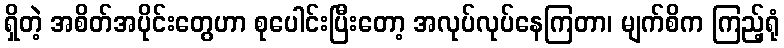
ရှိတဲ့ အစိတ်အပိုင်းတွေဟာ စုပေါင်းပြီးတော့ အလုပ်လုပ်နေကြတာ၊ မျက်စိက ကြည့်ရုံ